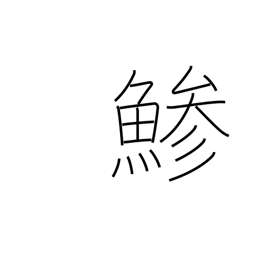
Meaning: horse mackerel